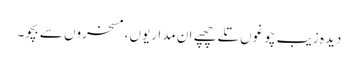
دیدہ زیب چوغوں تلے چھپے ان مداریوں، مسخروں سے بچو۔